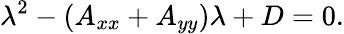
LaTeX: \lambda^{2}-\left(A_{xx}+A_{yy}\right)\lambda+D=0.